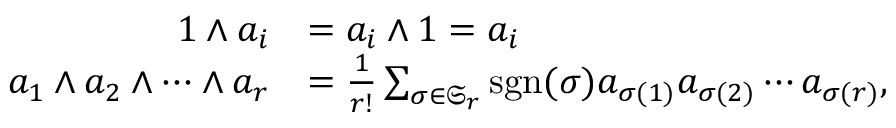
{ \begin{array} { r l } { 1 \wedge a _ { i } } & { = a _ { i } \wedge 1 = a _ { i } } \\ { a _ { 1 } \wedge a _ { 2 } \wedge \cdots \wedge a _ { r } } & { = { \frac { 1 } { r ! } } \sum _ { \sigma \in { \mathfrak { S } } _ { r } } \operatorname { s g n } ( \sigma ) a _ { \sigma ( 1 ) } a _ { \sigma ( 2 ) } \cdots a _ { \sigma ( r ) } , } \end{array} }